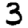
Digit: 3